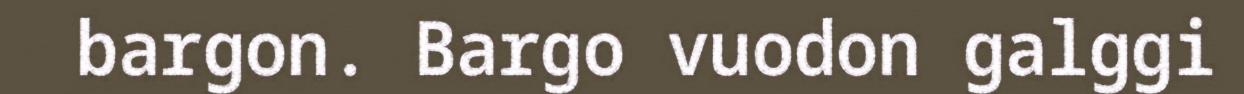
bargon. Bargo vuodon galggi